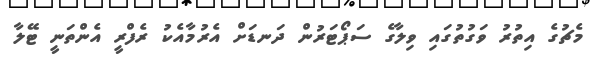
މެޗުގެ އިތުރު ވަގުތުގައި ވިލާގެ ސަޕޯޓަރުން ދަނޑަށް އެރުމާއެކު ރެފްރީ އެންތަނީ ޓޭލާ